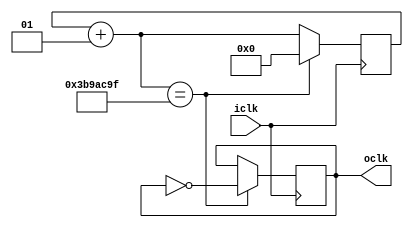
`timescale 1ns / 1ps
//////////////////////////////////////////////////////////////////////////////////
// Company: 
// 
// Design Name: 1 Hz
// Module Name: Hz1
// Project Name: 1 Hz
// Target Devices: 
// Tool Versions: Vivado 2020.2.2
// Description: 
// 
// Dependencies: 
// 
// Revision:
// Revision 0.01 - File Created
// Additional Comments:
// 
//////////////////////////////////////////////////////////////////////////////////


module Hz1 #(parameter ihz = 125000000, parameter ohz = 1)(
    oclk,
    iclk
    );
    
    output reg oclk;
    input iclk;
    
    integer i = 0;
    
    always@(posedge iclk)
    begin
        i = i+1;
        
        if(i == (ihz/2*ohz)-1)
        begin
            oclk = ~oclk;
            
            i = 0; 
        end
    end
endmodule